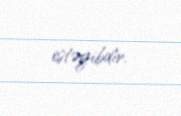
istəyibdir.